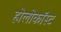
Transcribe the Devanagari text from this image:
होलोकॉस्‍ट